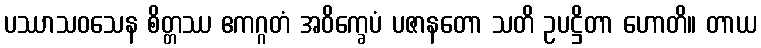
ပဿာသဝသေန စိတ္တဿ ဧကဂ္ဂတံ အဝိက္ခေပံ ပဇာနတော သတိ ဥပဋ္ဌိတာ ဟောတိ။ တာယ